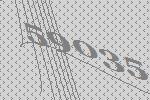
59035